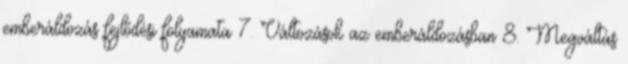
emberáldozás fejlődési folyamata 7. Változások az emberáldozásban 8. Megváltás